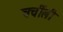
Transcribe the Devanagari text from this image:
चर्चीली